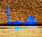
هيا